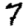
Digit: 7